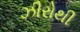
ઝીરોથી